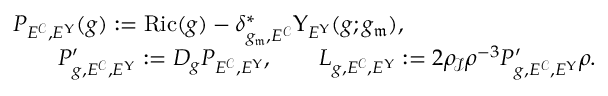
\begin{array} { r l } & { P _ { E ^ { \mathcal C } , E ^ { \Upsilon } } ( g ) : = \mathrm { R i c } ( g ) - \delta _ { g _ { \mathfrak { m } } , E ^ { \mathcal C } } ^ { * } \Upsilon _ { E ^ { \Upsilon } } ( g ; g _ { \mathfrak { m } } ) , } \\ & { \qquad P _ { g , E ^ { \mathcal C } , E ^ { \Upsilon } } ^ { \prime } : = D _ { g } P _ { E ^ { \mathcal C } , E ^ { \Upsilon } } , \qquad L _ { g , E ^ { \mathcal C } , E ^ { \Upsilon } } : = 2 \rho _ { \! \mathscr I } \rho ^ { - 3 } P _ { g , E ^ { \mathcal C } , E ^ { \Upsilon } } ^ { \prime } \rho . } \end{array}